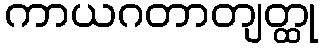
ကာယဂတာတျတ္ထု